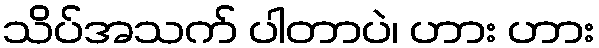
သိပ်အသက် ပါတာပဲ၊ ဟား ဟား